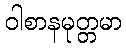
ဝါစာနမုတ္တမာ